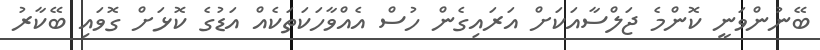
ބޭނުންވަނީ ކޮންމެ ޖަލްސާއަކަށް އަރައިގެން ހުސް އެއްވާހަކަތަކެއް އަޑުގެ ކޮޅަށް ގޮވައި ބޭކާރު